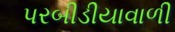
પરબીડીયાવાળી